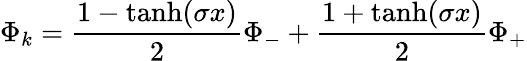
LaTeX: \Phi_{k}={\frac{1-\operatorname{tanh}(\sigma x)}{2}}\Phi_{-}+{\frac{1+\operatorname{tanh}(\sigma x)}{2}}\Phi_{+}